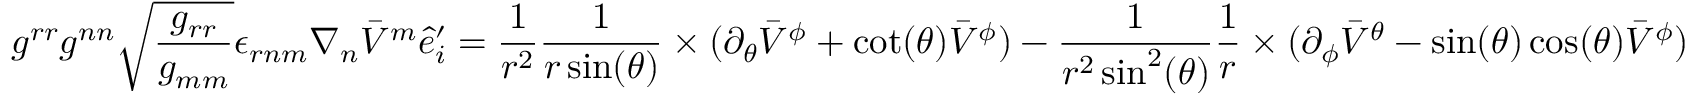
g ^ { r r } g ^ { n n } \sqrt { \frac { g _ { r r } } { g _ { m m } } } \epsilon _ { r n m } \nabla _ { n } \bar { V } ^ { m } \hat { e } _ { i } ^ { \prime } = \frac { 1 } { r ^ { 2 } } \frac { 1 } { r \sin ( \theta ) } \times ( \partial _ { \theta } \bar { V } ^ { \phi } + \cot ( \theta ) \bar { V } ^ { \phi } ) - \frac { 1 } { r ^ { 2 } \sin ^ { 2 } ( \theta ) } \frac { 1 } { r } \times ( \partial _ { \phi } \bar { V } ^ { \theta } - \sin ( \theta ) \cos ( \theta ) \bar { V } ^ { \phi } )